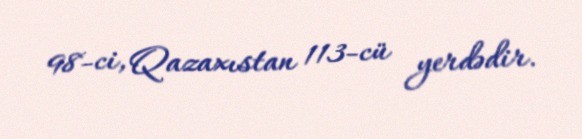
98-ci, Qazaxıstan 113-cü yerdədir.